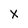
Character: X